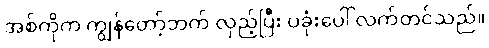
အစ်ကိုက ကျွန်တော့်ဘက် လှည့်ပြီး ပခုံးပေါ် လက်တင်သည်။